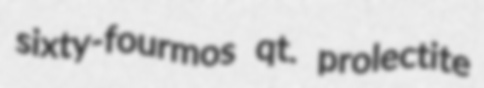
sixty-fourmos qt. prolectite